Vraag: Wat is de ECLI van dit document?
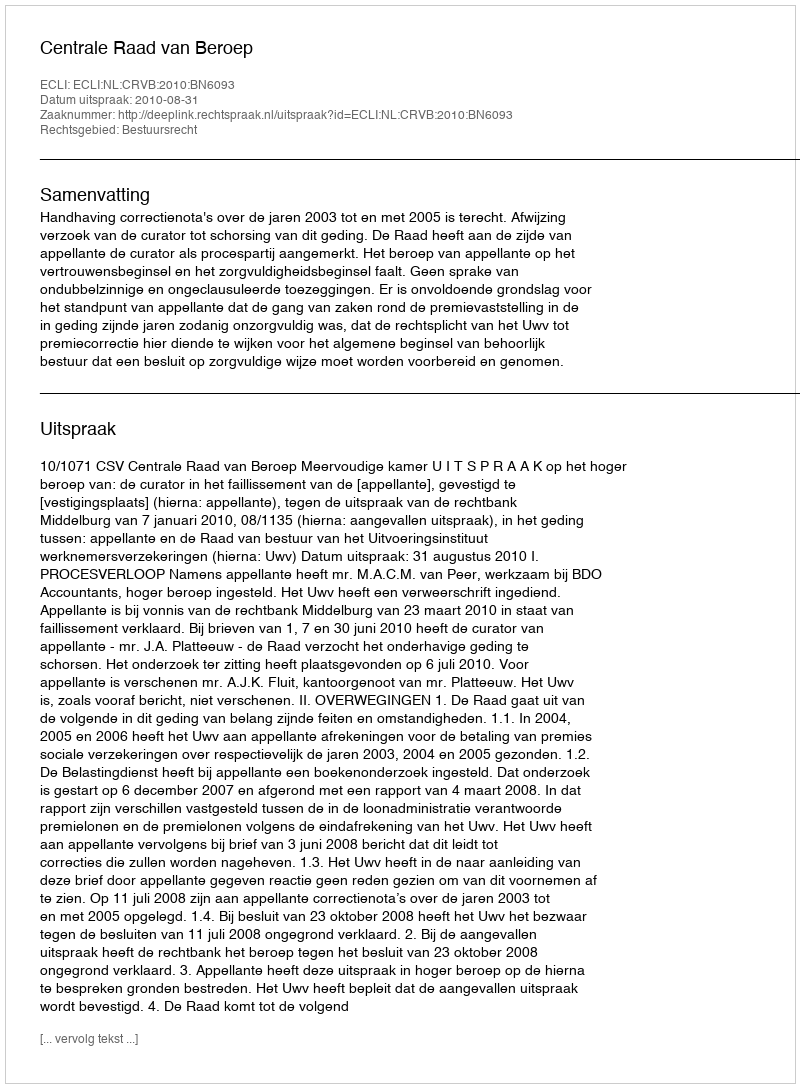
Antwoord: ECLI:NL:CRVB:2010:BN6093